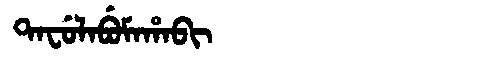
Manchu: ᡨᠠᠸᡠᠯᠠᠪᡠᠮᠠᡥᠠᠪᡳ
Romanization: TAFULABUMAHABI